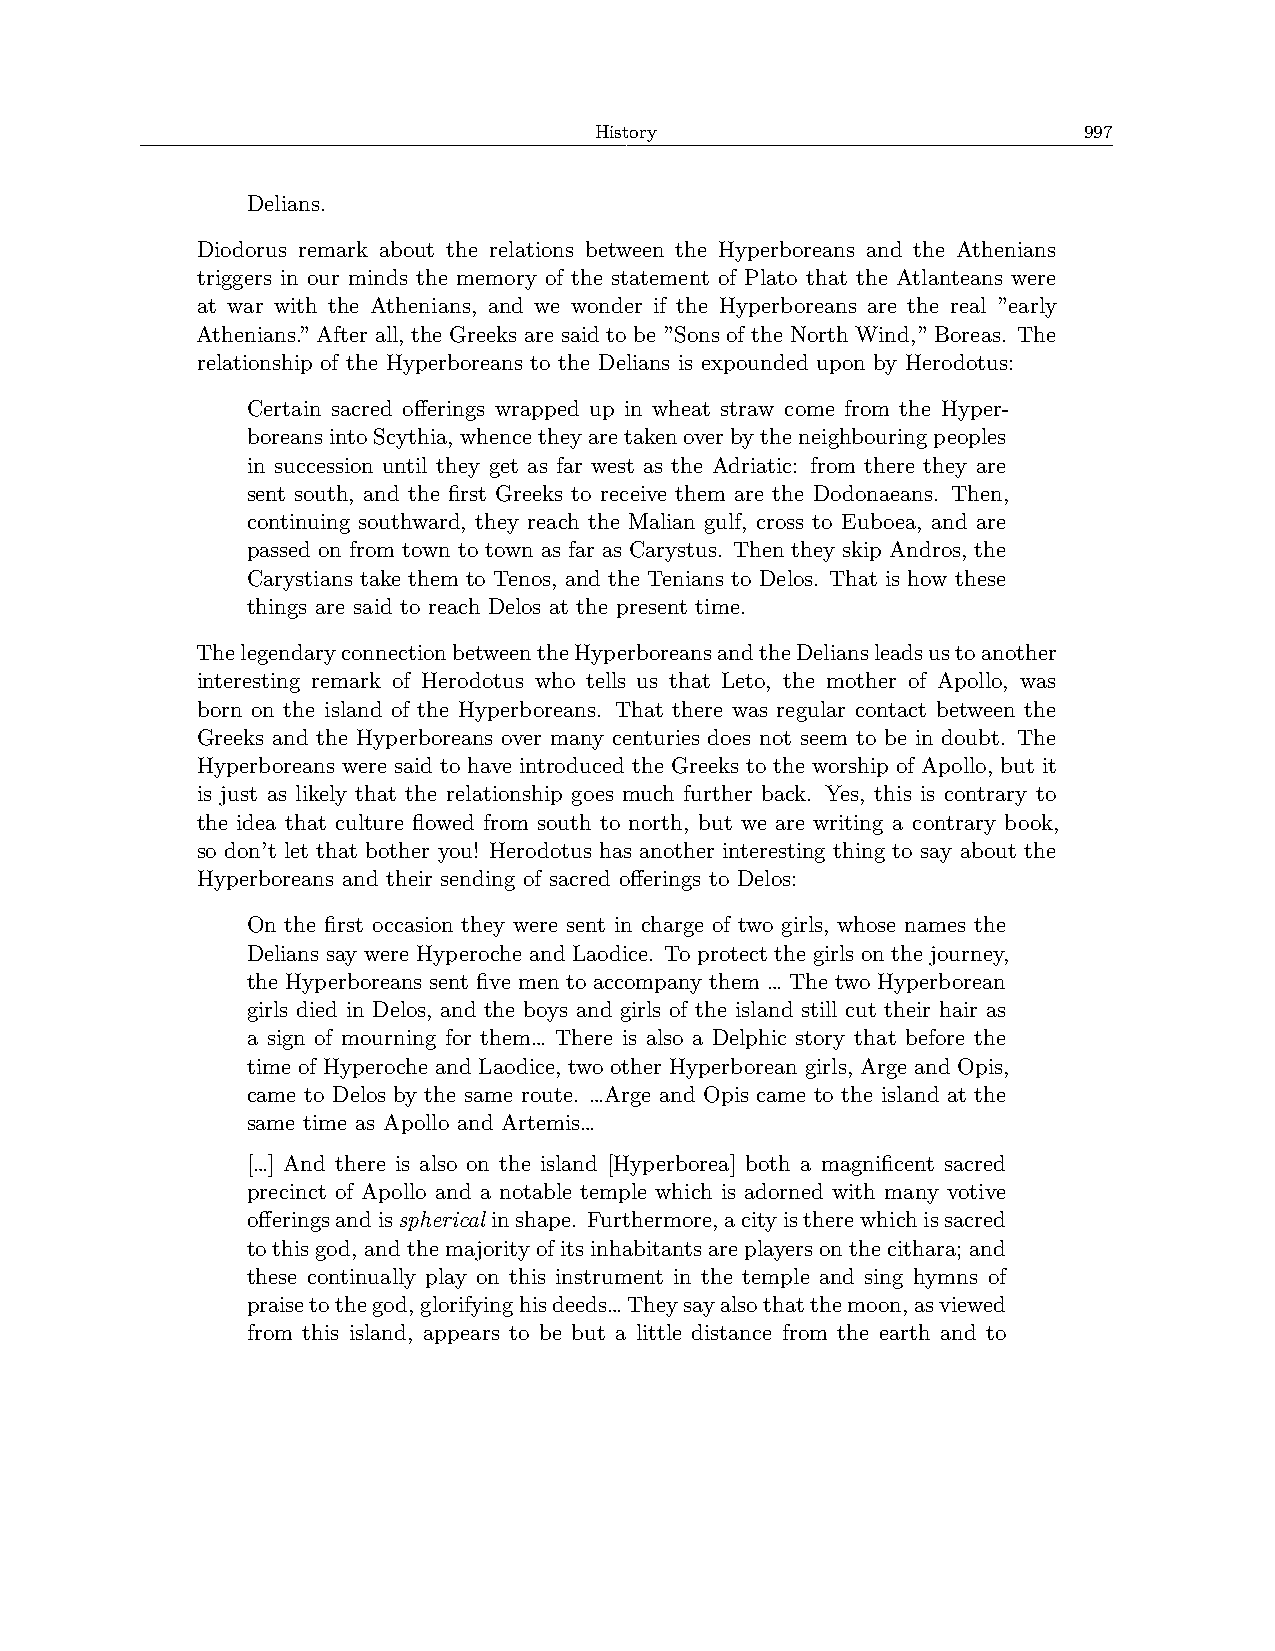
History                          997
 Delians.
 Diodorus remark about the relations between the Hyperboreans and the Athenians
 triggers in our minds the memory of the statement of Plato that the Atlanteans were
 at war with the Athenians, and we wonder if the Hyperboreans are the real ”early
 Athenians.” After all, the Greeks are said to be ”Sons of the North Wind,” Boreas. The
 relationship of the Hyperboreans to the Delians is expounded upon by Herodotus:
 Certain sacred offerings wrapped up in wheat straw come from the Hyper-
 boreansintoScythia, whencetheyaretakenoverbytheneighbouringpeoples
 in succession until they get as far west as the Adriatic: from there they are
 sent south, and the first Greeks to receive them are the Dodonaeans. Then,
 continuing southward, they reach the Malian gulf, cross to Euboea, and are
 passed on from town to town as far as Carystus. Then they skip Andros, the
 Carystians take them to Tenos, and the Tenians to Delos. That is how these
 things are said to reach Delos at the present time.
 ThelegendaryconnectionbetweentheHyperboreansandtheDeliansleadsustoanother
 interesting remark of Herodotus who tells us that Leto, the mother of Apollo, was
 born on the island of the Hyperboreans. That there was regular contact between the
 Greeks and the Hyperboreans over many centuries does not seem to be in doubt. The
 Hyperboreans were said to have introduced the Greeks to the worship of Apollo, but it
 is just as likely that the relationship goes much further back. Yes, this is contrary to
 the idea that culture flowed from south to north, but we are writing a contrary book,
 so don’t let that bother you! Herodotus has another interesting thing to say about the
 Hyperboreans and their sending of sacred offerings to Delos:
 On the first occasion they were sent in charge of two girls, whose names the
 Delians say were Hyperoche and Laodice. To protect the girls on the journey,
 the Hyperboreans sent five men to accompany them … The two Hyperborean
 girls died in Delos, and the boys and girls of the island still cut their hair as
 a sign of mourning for them… There is also a Delphic story that before the
 time of Hyperoche and Laodice, two other Hyperborean girls, Arge and Opis,
 came to Delos by the same route. …Arge and Opis came to the island at the
 same time as Apollo and Artemis…
 […] And there is also on the island [Hyperborea] both a magnificent sacred
 precinct of Apollo and a notable temple which is adorned with many votive
 offeringsandisspherical inshape. Furthermore,acityistherewhichissacred
 tothisgod, andthemajorityofitsinhabitantsareplayersonthecithara; and
 these continually play on this instrument in the temple and sing hymns of
 praisetothegod,glorifyinghisdeeds…Theysayalsothatthemoon,asviewed
 from this island, appears to be but a little distance from the earth and to